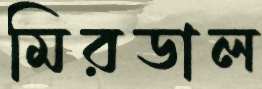
মিরডাল